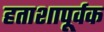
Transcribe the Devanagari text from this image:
हताशापूर्वक